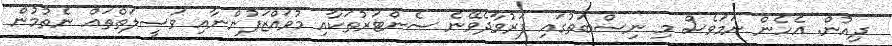
ދިއުން. އެހެން ނަމަވެސް މި ނިސްބަތުގައި ފަރުވާދެވޭނެ ސެންޓަރުތަކާއި މުވައްޒަފުންނާއި ވަސީލަތްތައް ނެތުމުން